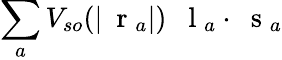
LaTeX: \sum_{a}V_{so}(|\mathrm{~\mathbf~r~}_{a}|)\; \mathrm{~\mathbf~l~}_{a}\cdot\mathrm{~\mathbf~s~}_{a}